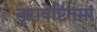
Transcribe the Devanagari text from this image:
तृरावेष्टितमां